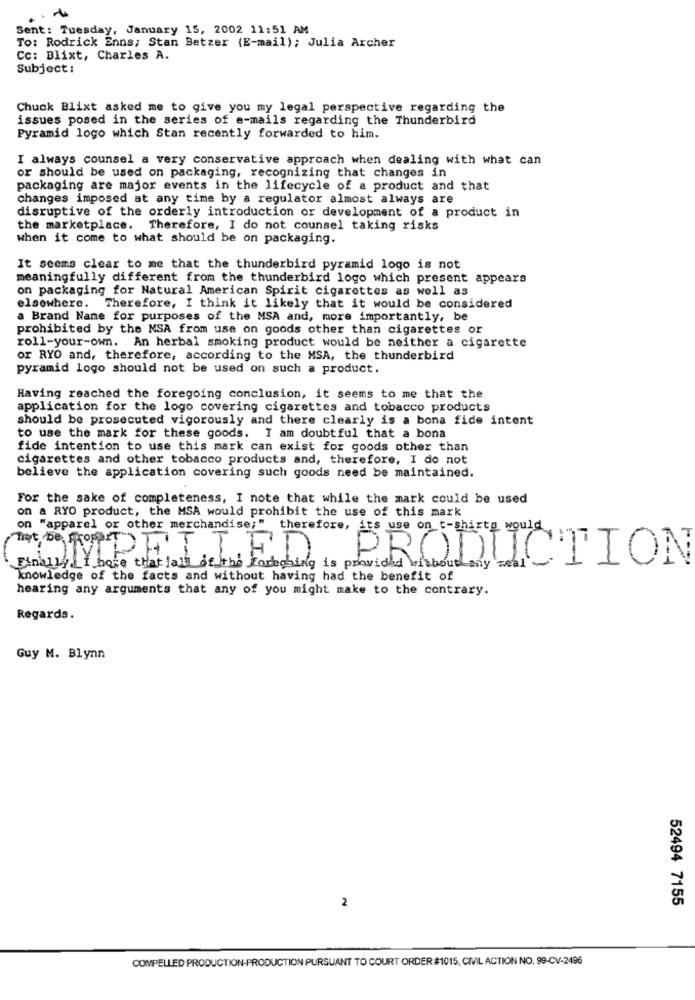
Sent: Tuesday, January 15, 2002 11:51 AM
To: Rodrick Enns; Stan Betzer (E-mail); Julia Archer
Cc: Blixt, Charles A.
Subject:
Chuck Blixt asked me to give you my legal perspective regarding the
issues posed in the series of e-mails regarding the Thunderbird
Pyramid logo which Stan recently forwarded to him.
I always counsel a very conservative approach when dealing with what can
or should be used on packaging, recognizing that changes in
packaging are major events in the lifecycle of a product and that
changes imposed at any time by a regulator almost always are
disruptive of the orderly introduction or development of a product in
the marketplace. Therefore, I do not counsel taking risks
when it come to what should be on packaging.
It seems clear to me that the thunderbird pyramid logo is not
meaningfully different from the thunderbird logo which present appears
on packaging for Natural American Spirit cigarettes as well as
elsewhere. Therefore, I think it likely that it would be considered
a Brand Name for purposes of the MSA and, more importantly, be
prohibited by the MSA from use on goods other than cigarettes or
roll-your-own. An herbal smoking product would be neither a cigarette
or RYO and, therefore, according to the MSA, the thunderbird
pyramid logo should not be used on such a product.
Having reached the foregoing conclusion, it seems to me that the
application for the logo covering cigarettes and tobacco products
should be prosecuted vigorously and there clearly is a bona fide intent
to use the mark for these goods. I am doubtful that a bona
fide intention to use this mark can exist for goods other than
cigarettes and other tobacco products and, therefore, I do not
believe the application covering such goods need be maintained.
For the sake of completeness, I note that while the mark could be used
on a RYO product, the MSA would prohibit the use of this mark
on "apparel or other merchandise;"
therefore, its use on t-shirts would
bose that tall de the Forteping is parches sunLOTION
knowledge of the facts and without having had the benefit of
hearing any arguments that any of you might make to the contrary.
Regards.
Guy M. Blynn
2
52494 7155
COMPELLED PRODUCTION-PRODUCTION PURSUANT TO COURT ORDER #1015, CIVIL ACTION NO. 99-CV-2496